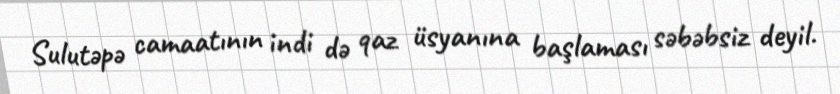
Sulutəpə camaatının indi də qaz üsyanına başlaması səbəbsiz deyil.